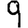
Digit: 9